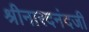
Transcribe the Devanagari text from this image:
श्रीनारदनंदजी